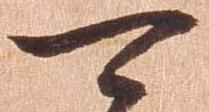
可